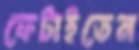
ফেটাইতেন